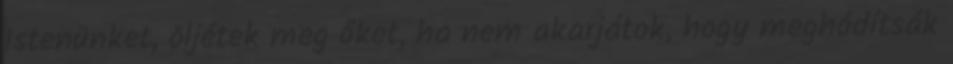
Istenünket, öljétek meg őket, ha nem akarjátok, hogy meghódítsák